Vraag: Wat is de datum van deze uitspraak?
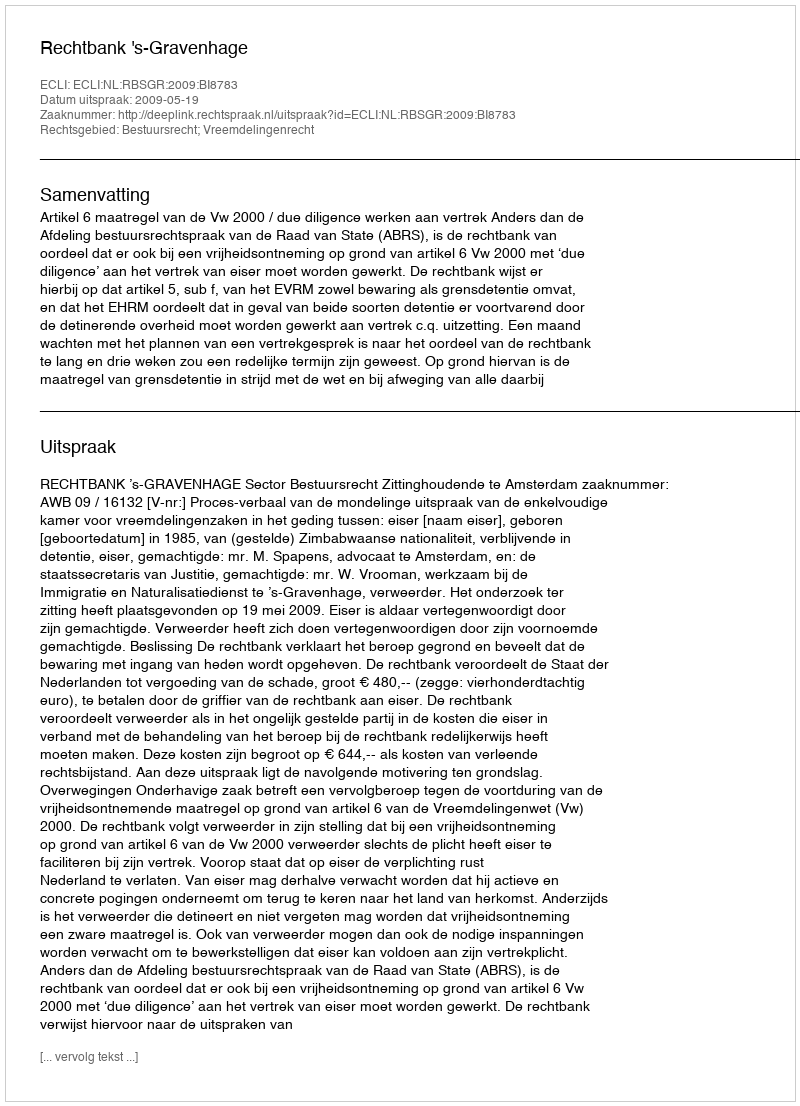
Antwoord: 2009-05-19